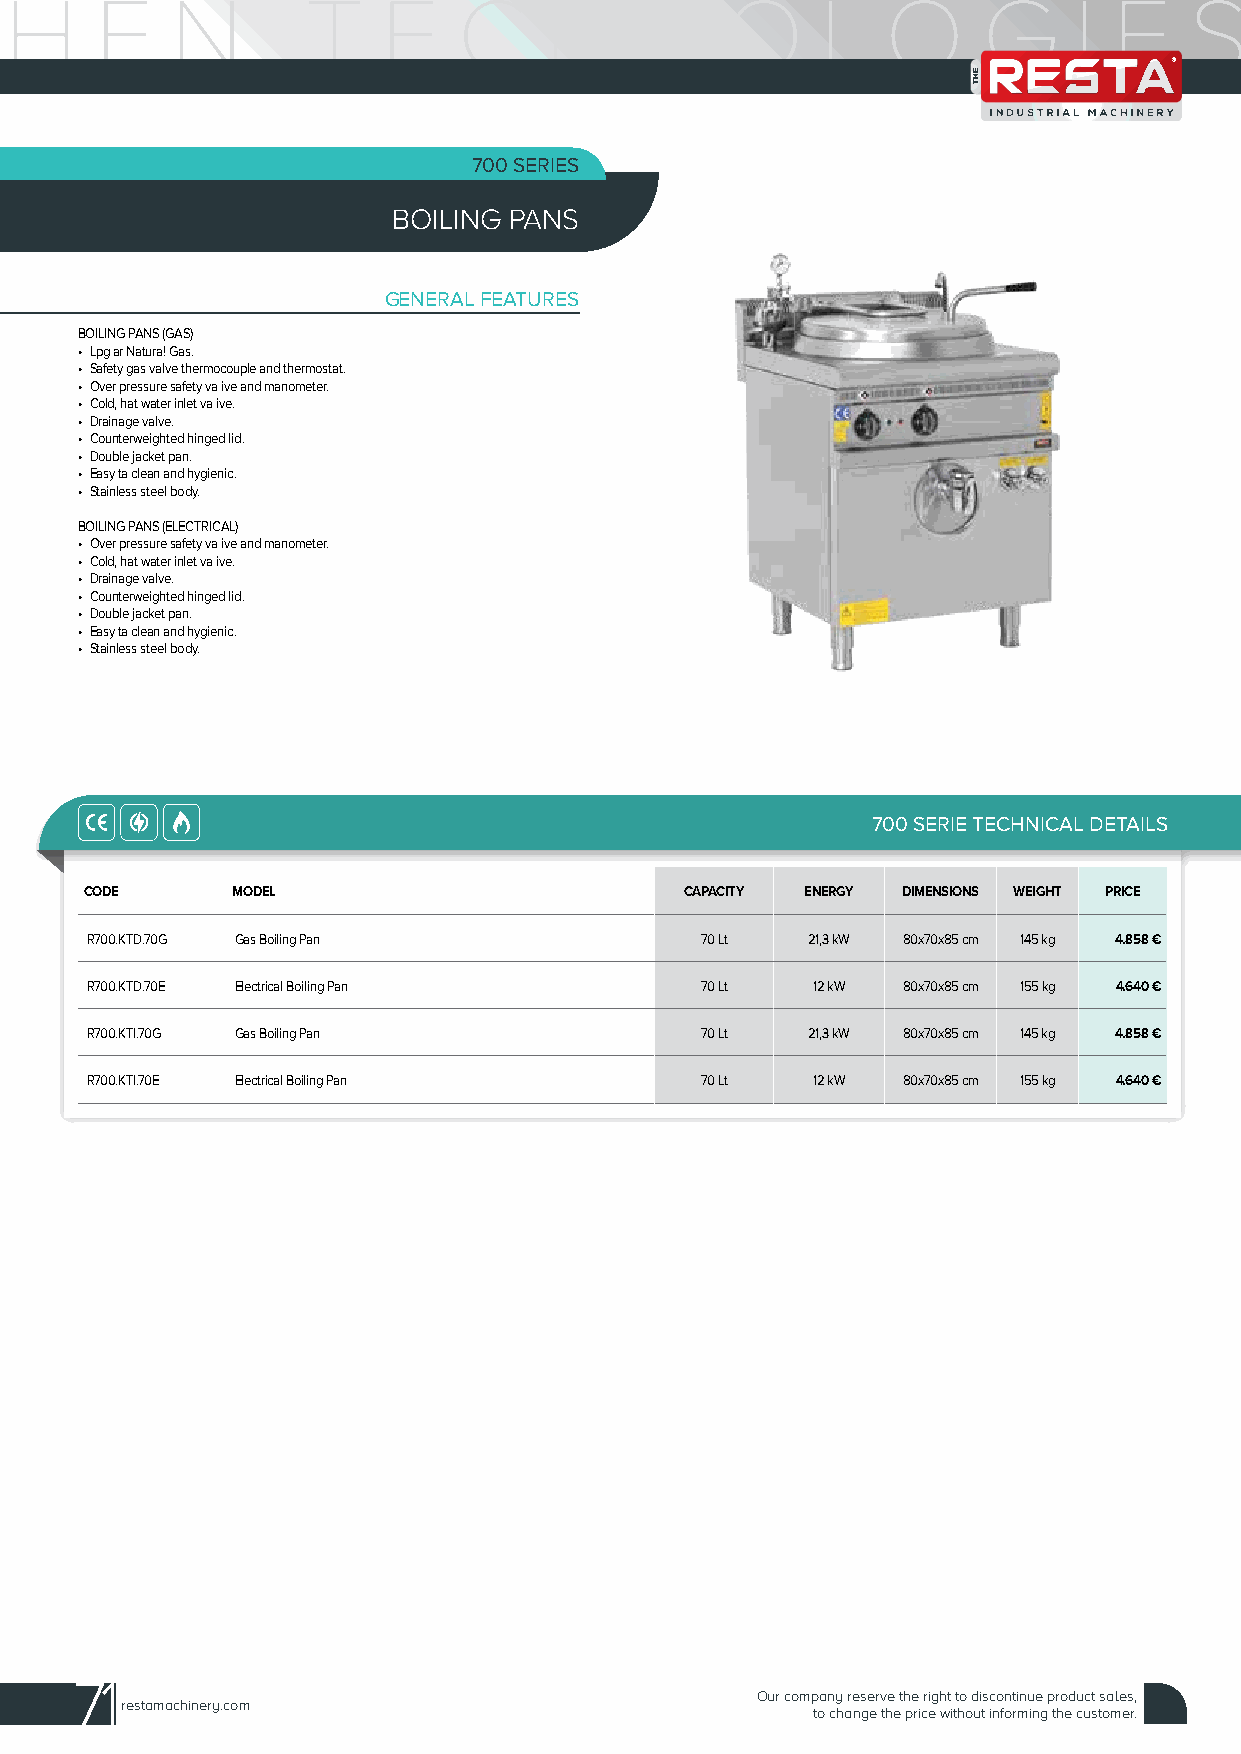
700 SERIES
 BOILING PANS
 GENERAL FEATURES
 BOILING PANS (GAS)
 • Lpg ar Natura! Gas.
 • Safety gas valve thermocouple and thermostat.
 • Over pressure safety va ive and manometer.
 • Cold, hat water inlet va ive.
 • Drainage valve.
 • Counterweighted hinged lid.
 • Double jacket pan.
 • Easy ta clean and hygienic.
 • Stainless steel body.
 BOILING PANS (ELECTRICAL)
 • Over pressure safety va ive and manometer.
 • Cold, hat water inlet va ive.
 • Drainage valve.
 • Counterweighted hinged lid.
 • Double jacket pan.
 • Easy ta clean and hygienic.
 • Stainless steel body.
 700 SERIE TECHNICAL DETAILS
 CODE     MODEL                         CAPACITY ENERGY DIMENSIONS WEIGHT PRICE
 R700.KTD.70G Gas Boiling Pan            70 Lt  21,3 kW 80x70x85 cm 145 kg 4.858 €
 R700.KTD.70E Electrical Boiling Pan     70 Lt   12 kW 80x70x85 cm 155 kg 4.640 €
 R700.KTI.70G Gas Boiling Pan            70 Lt  21,3 kW 80x70x85 cm 145 kg 4.858 €
 R700.KTI.70E Electrical Boiling Pan     70 Lt   12 kW 80x70x85 cm 155 kg 4.640 €
 71
 Our company reserve the right to discontinue product sales,
 restamachinery.com
 to change the price without informing the customer.